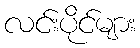
လင်းပိုင်များ